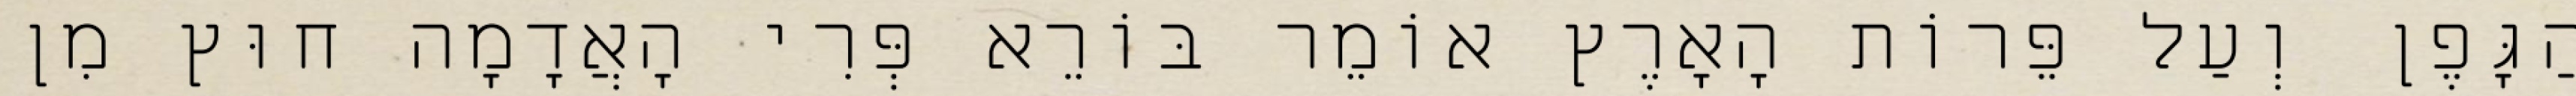
הַגָּפֶן וְעַל פֵּרוֹת הָאָרֶץ אוֹמֵר בּוֹרֵא פְּרִי הָאֲדָמָה חוּץ מִן